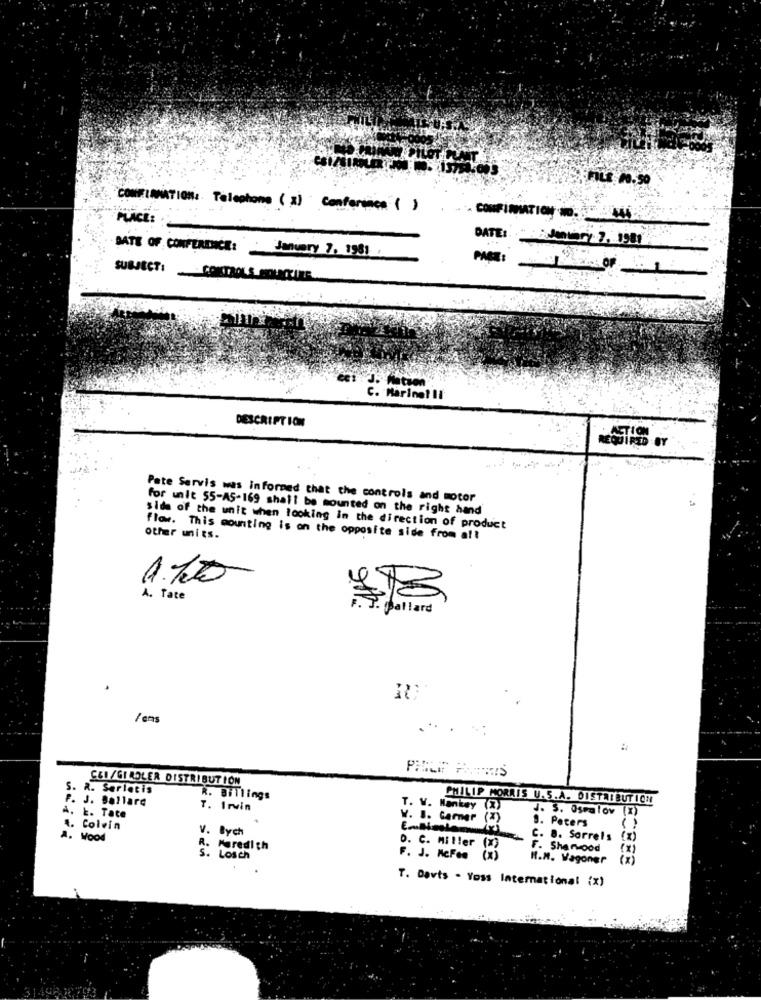
FILE 40.50
CONTINUATION: Telephone ( 3) Conformen ( )
PLACE:
DATE OF CONFERENCE: January 7. 1981
SUBJECT:
DESCRIPTION
REQUIRED BY
Pate Servis was informed that the controls and motor
for unit 55-AS-169 shall be mounted on the right hand
side of the unit when looking in the direction of product
flow. This mounting is on the opposite side from all
other units.
1.100
A. Tate
T. pollard
/ ems
CLI/GIROLER DISTRIBUTION
S. R. Serletis
F. J. Ballare
R. Billings
PHILIP MORRIS U.S.A. DISTRIBUTION
T. Irvin
T. V. Hankey
J. S. Osealov (X)
A. L. Tate
Y. B. Garner
(x)
( )
4. Colvin
V. Bych
9. Peters
A. Wood
C. 8. Sorrels (X)
.Puredi th
D. C. Miller (x)
F. Sherood
(x)
.Losch
F. J. McFee
H.M. Wagoner
(x)
T. Darts - Yoss International (x)